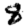
Digit: 8